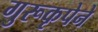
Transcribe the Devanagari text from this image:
गुरूकृपेने